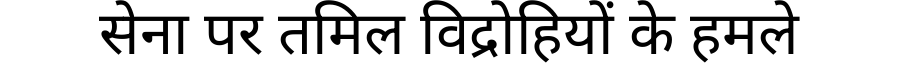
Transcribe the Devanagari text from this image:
सेना पर तमिल विद्रोहियों के हमले